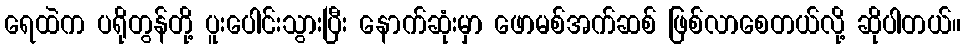
ရေထဲက ပရိုတွန်တို့ ပူးပေါင်းသွားပြီး နောက်ဆုံးမှာ ဖောမစ်အက်ဆစ် ဖြစ်လာစေတယ်လို့ ဆိုပါတယ်။